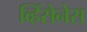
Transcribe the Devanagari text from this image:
व्हिंसेनेस